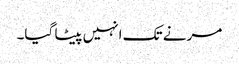
مرنے تک انہیں پیٹا گیا۔